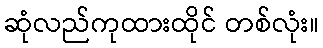
ဆုံလည်ကုထားထိုင် တစ်လုံး။